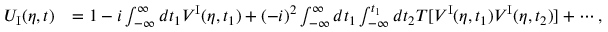
\begin{array} { r l } { U _ { \mathrm { I } } ( \eta , t ) } & { = 1 - i \int _ { - \infty } ^ { \infty } d t _ { 1 } V ^ { \mathrm { I } } ( \eta , t _ { 1 } ) + ( - i ) ^ { 2 } \int _ { - \infty } ^ { \infty } d t _ { 1 } \int _ { - \infty } ^ { t _ { 1 } } d t _ { 2 } T [ V ^ { \mathrm { I } } ( \eta , t _ { 1 } ) V ^ { \mathrm { I } } ( \eta , t _ { 2 } ) ] + \cdots , } \end{array}